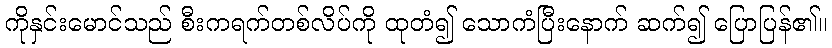
ကိုနှင်းမောင်သည် စီးကရက်တစ်လိပ်ကို ထုတံ၍ သောကံပြီးနောက် ဆက်၍ ပြောပြန်၏။